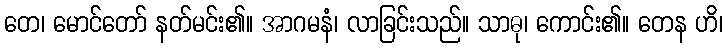
တေ၊ မောင်တော် နတ်မင်း၏။ အာဂမနံ၊ လာခြင်းသည်။ သာဓု၊ ကောင်း၏။ တေန ဟိ၊